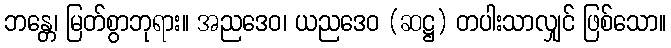
ဘန္တေ၊ မြတ်စွာဘုရား။ အညဒေဝ၊ ယညဒေဝ (ဆဋ္ဌ) တပါးသာလျှင် ဖြစ်သော။